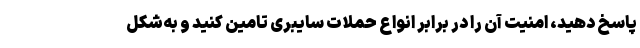
پاسخ دهید، امنیت آن را در برابر انواع حملات سایبری تامین کنید و به‌شکل